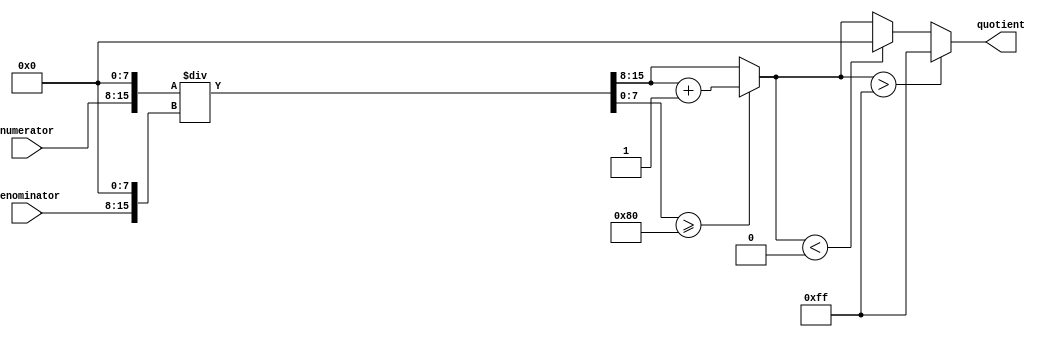
module FractionalDivider(
    input [7:0] numerator,
    input [7:0] denominator,
    output reg [7:0] quotient
);

reg [15:0] numerator_fixed, denominator_fixed;
reg [7:0] remainder;
reg [7:0] quotient_temp;
reg [7:0] quotient_rounded;

always @ (numerator, denominator) begin
    numerator_fixed = numerator << 8;
    denominator_fixed = denominator << 8;
    {quotient_temp, remainder} = numerator_fixed / denominator_fixed;
end

always @ (remainder) begin
    if (remainder >= 128)
        quotient_rounded = quotient_temp + 1;
    else
        quotient_rounded = quotient_temp;
end

always @ (quotient_rounded) begin
    if (quotient_rounded > 255)
        quotient = 255;
    else if (quotient_rounded < 0)
        quotient = 0;
    else
        quotient = quotient_rounded;
end

endmodule